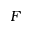
F